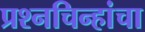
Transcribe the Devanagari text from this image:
प्रश्‍नचिन्हांचा